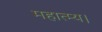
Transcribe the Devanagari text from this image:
महात्म्य।